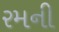
રમની